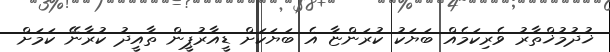
ޚުދުމުޚްތާރު ވެރިކަމެއް ބަޔަކު ކުރަންޏާ އެ ބަޔަކަށް ޑީއާރުޕީން ތާއީދު ކުރާނޭ ކަމަށް